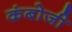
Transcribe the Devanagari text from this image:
कंबोजी